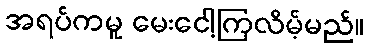
အရပ်ကမူ မေးငေါ့ကြလိမ့်မည်။